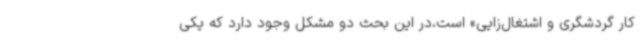
کار گردشگری و اشتغال‌زایی» است،در این بحث دو مشکل وجود دارد که یکی